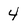
Character: 4